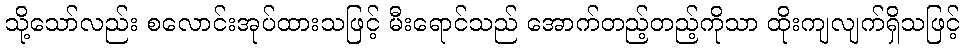
သို့သော်လည်း စလောင်းအုပ်ထားသဖြင့် မီးရောင်သည် အောက်တည့်တည့်ကိုသာ ထိုးကျလျက်ရှိသဖြင့်